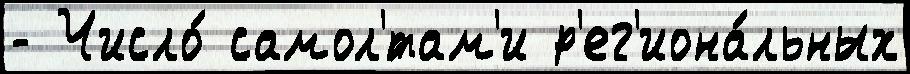
- Число́ самол'́там'и р'ег'иона́льных